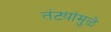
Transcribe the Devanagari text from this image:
तंट्यांमुळे